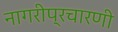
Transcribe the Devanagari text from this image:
नागरीप्रचारणी